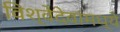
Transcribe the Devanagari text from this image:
विश्वेदेवांमध्ये